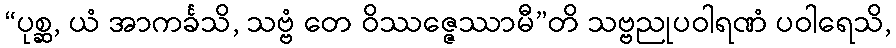
“ပုစ္ဆ, ယံ အာကင်္ခသိ, သဗ္ဗံ တေ ဝိဿဇ္ဇေဿာမီ”တိ သဗ္ဗညုပဝါရဏံ ပဝါရေသိ,